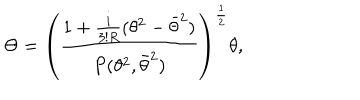
\Theta = \left( { \frac { 1 + { \frac { i } { 3 ! R } } ( \theta ^ { 2 } - \bar { \theta } ^ { 2 } ) } { P ( \theta ^ { 2 } , \bar { \theta } ^ { 2 } ) } } \right) ^ { \frac { 1 } { 2 } } \theta ,